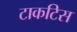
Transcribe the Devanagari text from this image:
टाकटिस